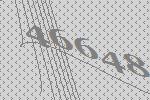
46648